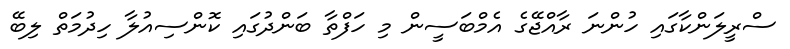
ސްރީލަންކާގައި ހުންނަ ރާއްޖޭގެ އެމްބަސީން މި ހަފްތާ ބަންދުގައި ކޮންސިއުލާ ހިދުމަތް ލިބޭ